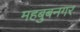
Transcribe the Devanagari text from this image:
महबुबनगर